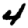
Digit: 4